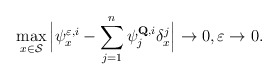
\begin{align*}\max_{x\in\mathcal{S}}\Big|\psi^{\varepsilon,i}_x -\sum_{j=1}^n \psi^{\mathbf{Q},i}_j \delta^j_x\Big|\rightarrow 0,\varepsilon\rightarrow 0.\end{align*}